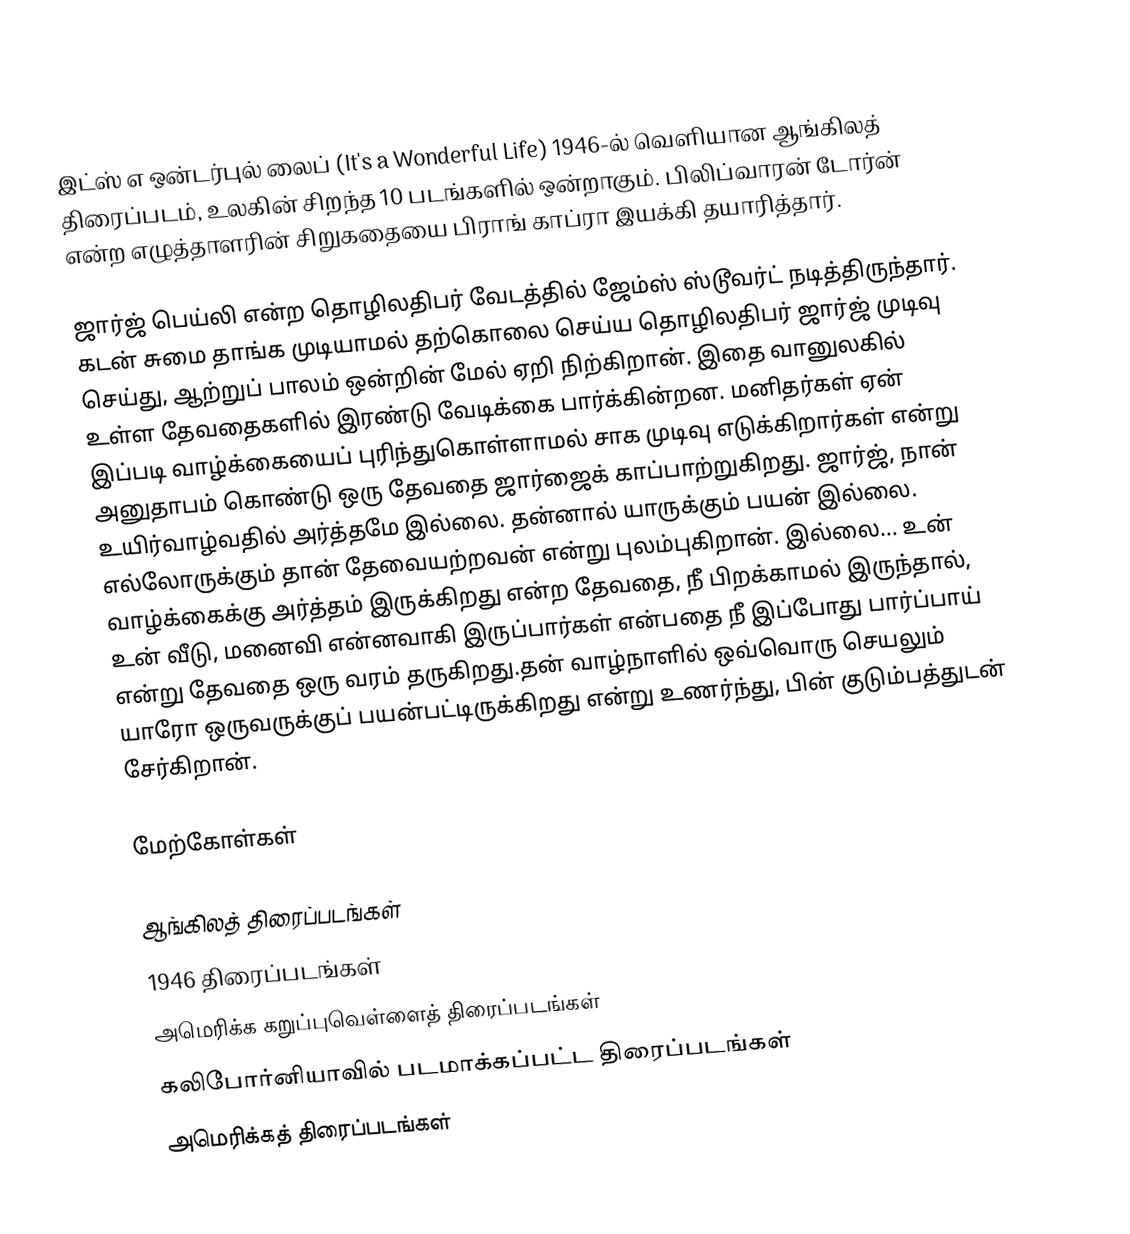
இட்ஸ் எ ஒன்டர்புல் லைப் (It's a Wonderful Life) 1946-ல் வெளியான ஆங்கிலத் திரைப்படம், உலகின் சிறந்த 10 படங்களில் ஒன்றாகும். பிலிப்வாரன் டோர்ன் என்ற எழுத்தாளரின் சிறுகதையை பிராங் காப்ரா இயக்கி தயாரித்தார்.

ஜார்ஜ் பெய்லி என்ற தொழிலதிபர் வேடத்தில் ஜேம்ஸ் ஸ்டூவர்ட் நடித்திருந்தார். கடன் சுமை தாங்க முடியாமல் தற்கொலை செய்ய தொழிலதிபர் ஜார்ஜ் முடிவு செய்து, ஆற்றுப் பாலம் ஒன்றின் மேல் ஏறி நிற்கிறான். இதை வானுலகில் உள்ள தேவதைகளில் இரண்டு வேடிக்கை பார்க்கின்றன. மனிதர்கள் ஏன் இப்படி வாழ்க்கையைப் புரிந்துகொள்ளாமல் சாக முடிவு எடுக்கிறார்கள் என்று அனுதாபம் கொண்டு ஒரு தேவதை ஜார்ஜைக் காப்பாற்றுகிறது. ஜார்ஜ், நான் உயிர்வாழ்வதில் அர்த்தமே இல்லை. தன்னால் யாருக்கும் பயன் இல்லை. எல்லோருக்கும் தான் தேவையற்றவன் என்று புலம்புகிறான். இல்லை... உன் வாழ்க்கைக்கு அர்த்தம் இருக்கிறது என்ற தேவதை, நீ பிறக்காமல் இருந்தால், உன் வீடு, மனைவி என்னவாகி இருப்பார்கள் என்பதை நீ இப்போது பார்ப்பாய் என்று தேவதை ஒரு வரம் தருகிறது.தன் வாழ்நாளில் ஒவ்வொரு செயலும் யாரோ ஒருவருக்குப் பயன்பட்டிருக்கிறது என்று உணர்ந்து, பின் குடும்பத்துடன் சேர்கிறான்.

மேற்கோள்கள்

ஆங்கிலத் திரைப்படங்கள்
1946 திரைப்படங்கள்
அமெரிக்க கறுப்புவெள்ளைத் திரைப்படங்கள்
கலிபோர்னியாவில் படமாக்கப்பட்ட திரைப்படங்கள்
அமெரிக்கத் திரைப்படங்கள்